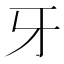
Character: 牙